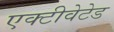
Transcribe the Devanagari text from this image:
एक्टीवेटेड